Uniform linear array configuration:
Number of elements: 24
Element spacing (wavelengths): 0.75
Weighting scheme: uniform
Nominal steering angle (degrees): -60
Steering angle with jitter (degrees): -60.347
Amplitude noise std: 0.05
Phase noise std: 0.05

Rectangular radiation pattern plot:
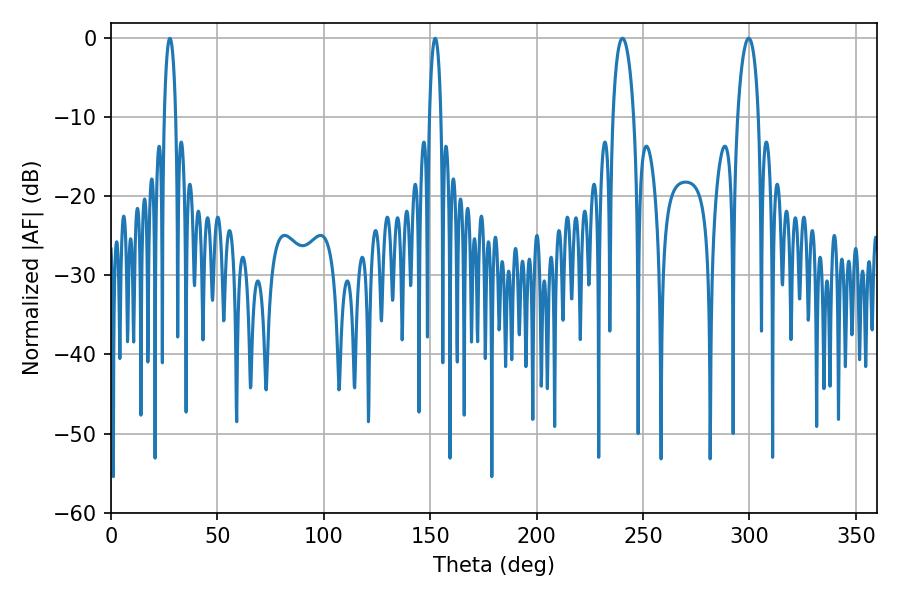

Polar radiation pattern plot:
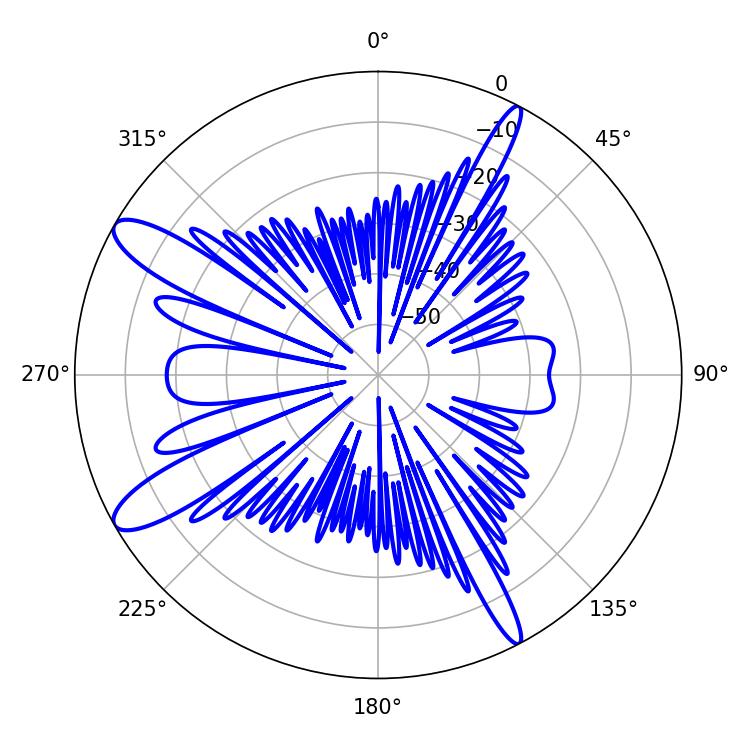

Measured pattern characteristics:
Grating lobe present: TRUE
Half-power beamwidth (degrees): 5.58
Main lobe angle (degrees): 240.3